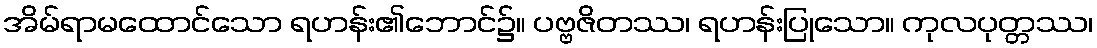
အိမ်ရာမထောင်သော ရဟန်း၏ဘောင်၌။ ပဗ္ဗဇိတဿ၊ ရဟန်းပြုသော။ ကုလပုတ္တဿ၊